Bréfritari: Stefanía Siggeirsdóttir
Viðtakandi: Páll Pálsson
Dagsetning: A-1867-10-07
Skrifað á: Hraungerði  Árn.
Stefanía var bróðurdóttir Páls Pálssonar

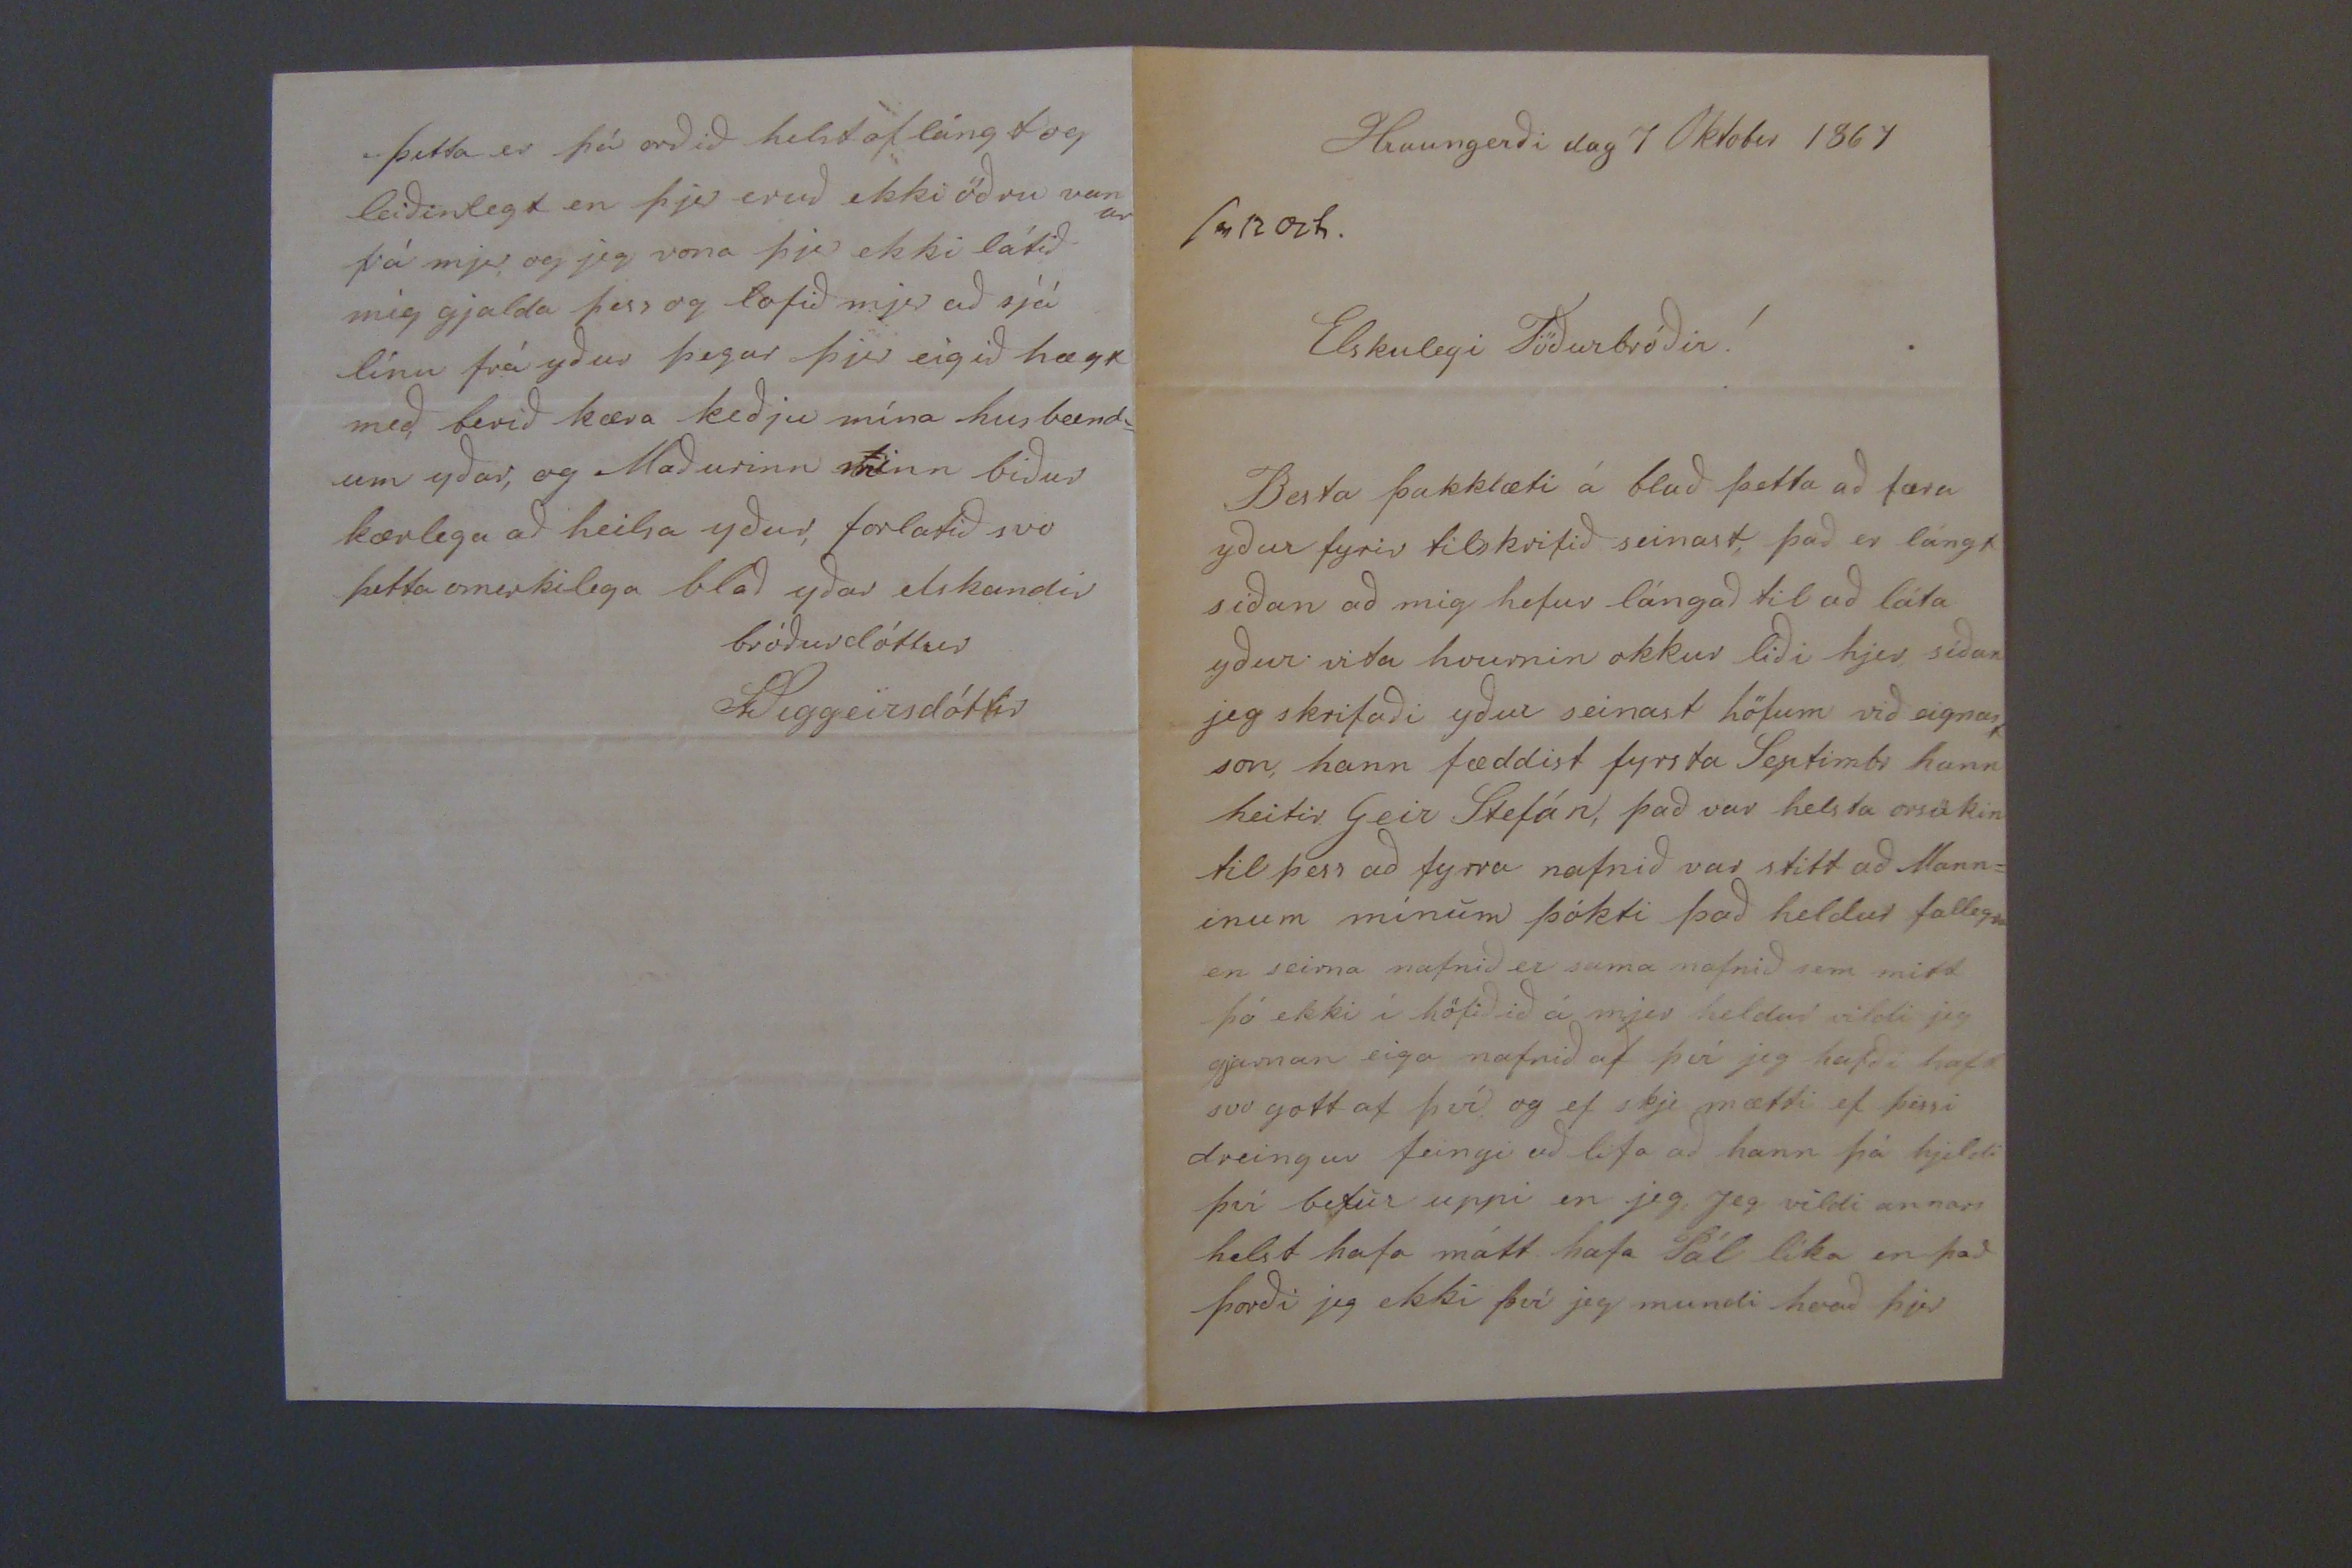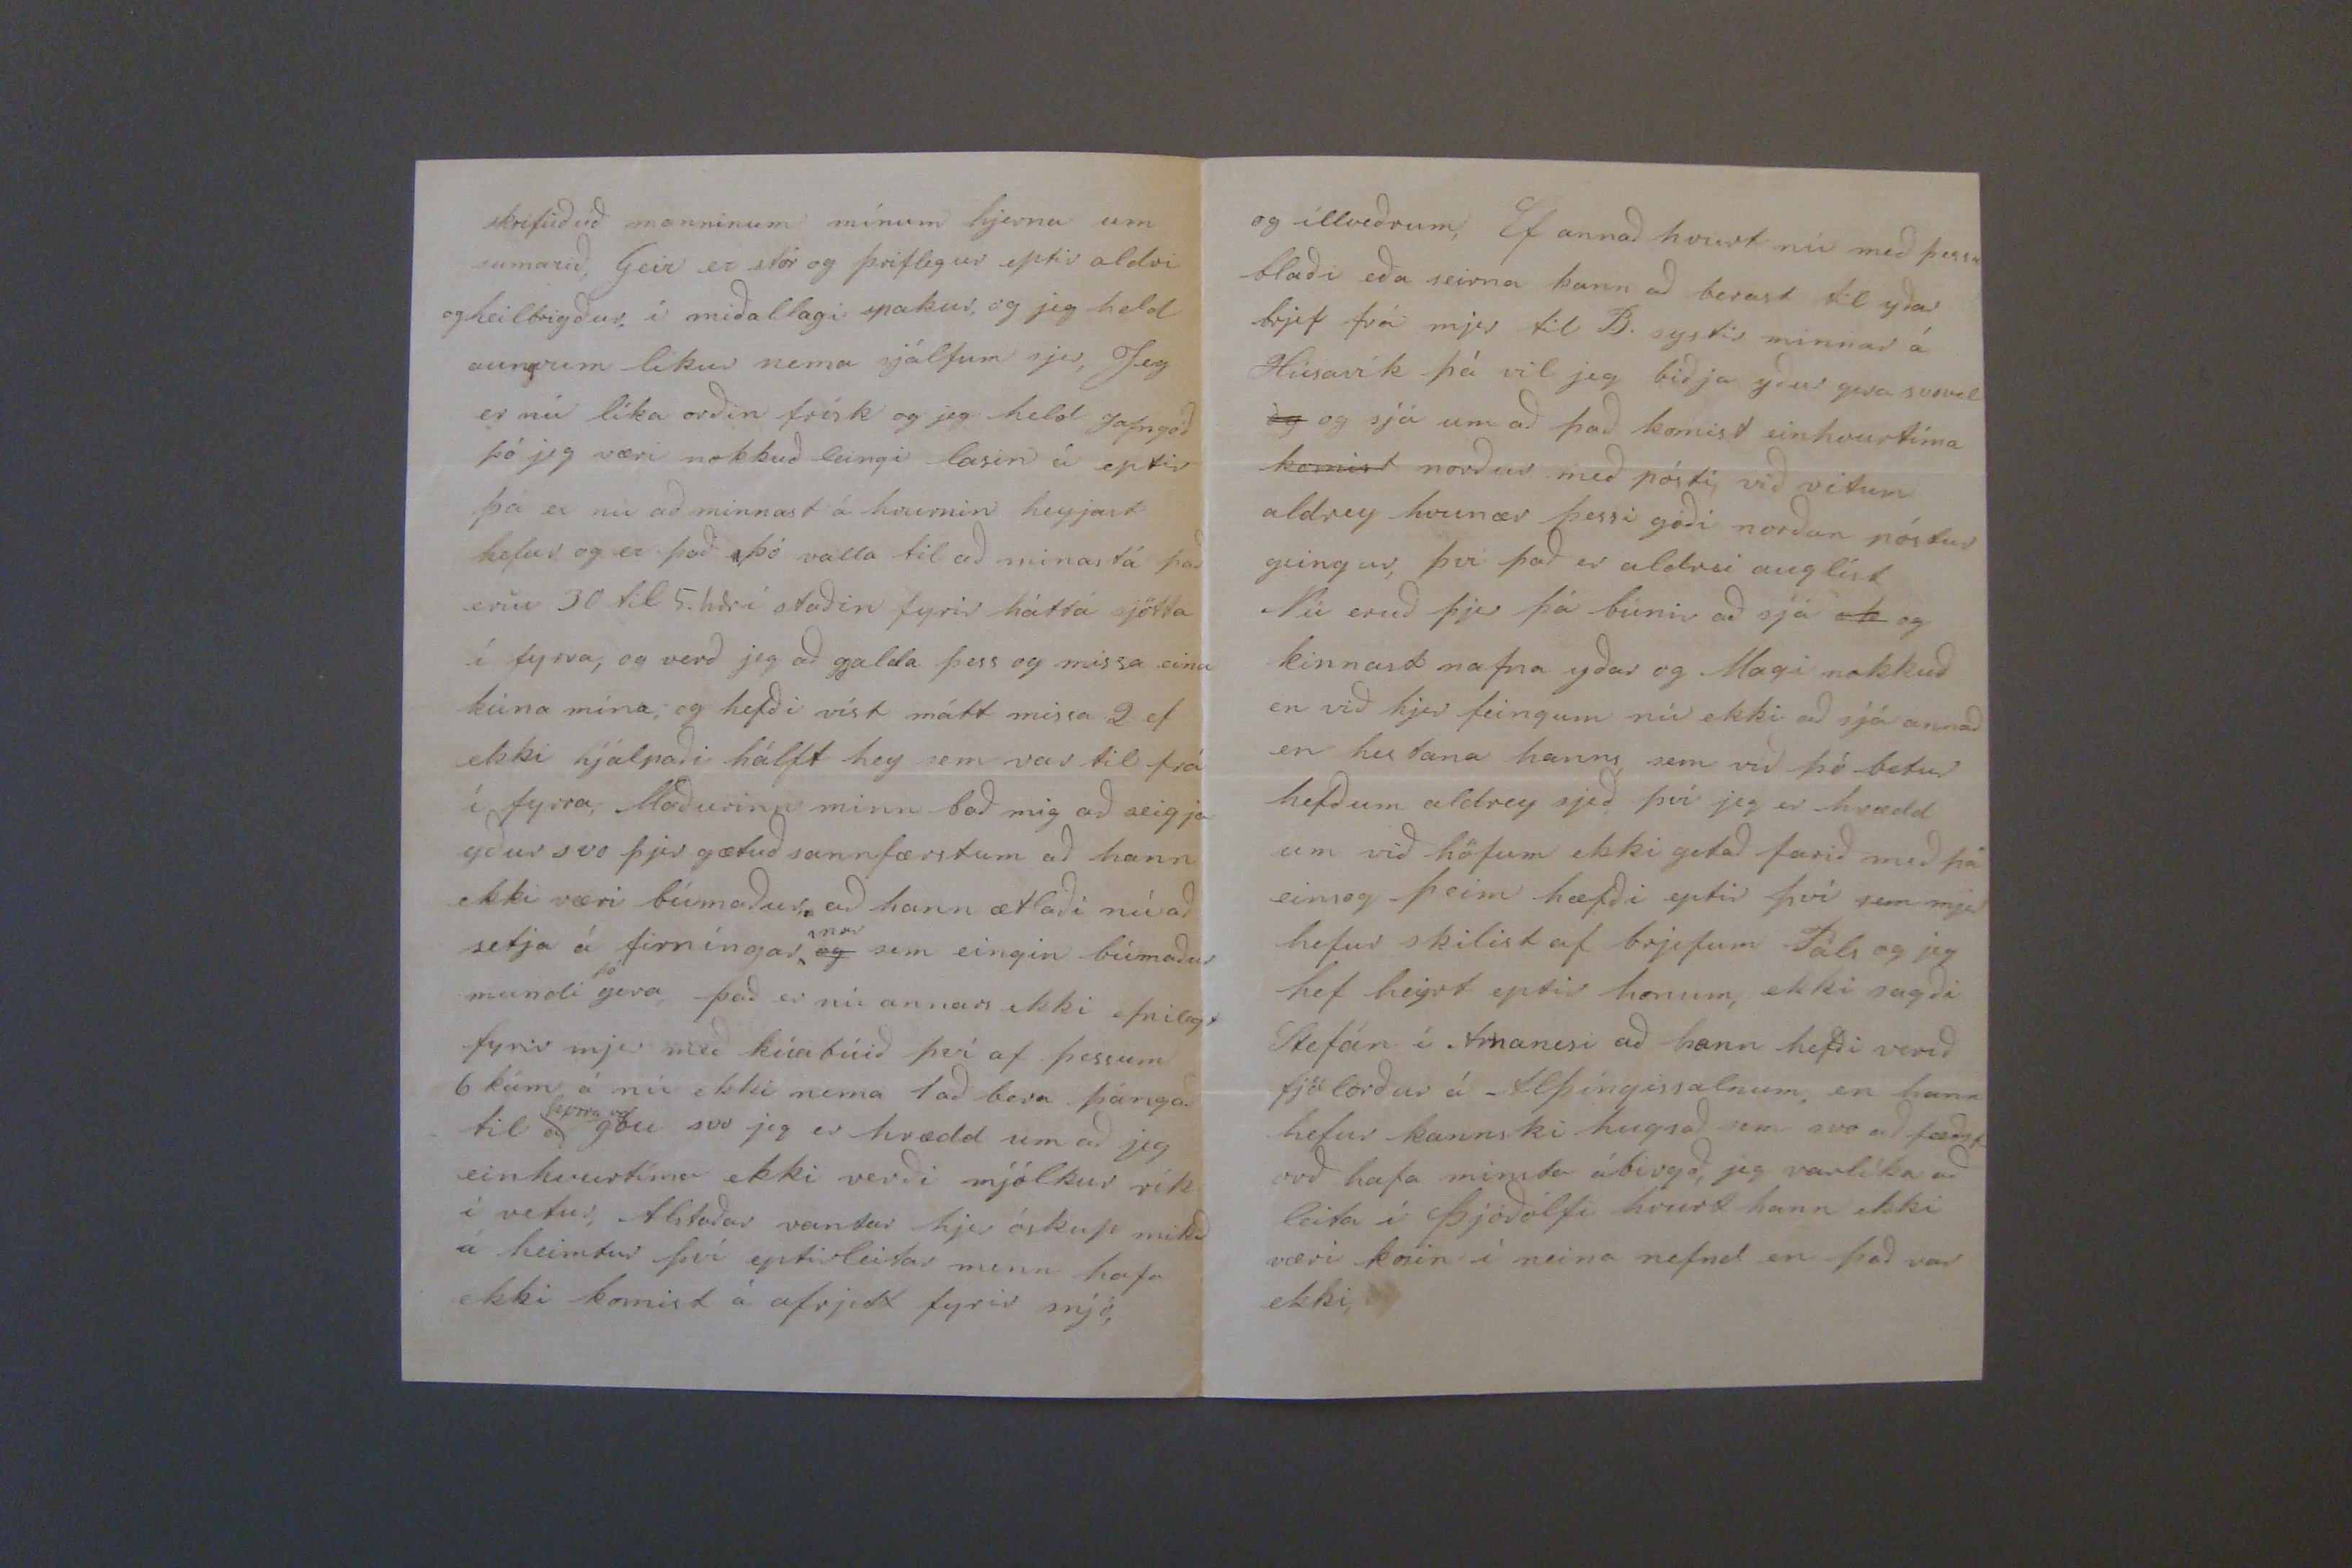

Hraungerði dag 7 Oktober 1867
sv 12 Oct.
Elskulegi Föðurbróðir!
Besta þakklæti á blað þetta að færa yður fyrir tilskrifið seinast, það er lángt síðan að mig hefur lángað til að láta yður vita hvurnin okkukr liði hjer síðan jeg skrifaði yður seinast höfum við eignast son, hann fæddist fyrsta Septimb hann heitir Geir Stefán, það var helsta orsökin til þess að fyrra nafnið var stíft að Mann= inum mínum þókti það heldur fallegra en seirna nafnið er sama nafnið sem mitt þó ekki í höfiðið á mjer heldur vildi jeg gjarnan eiga nafnið af því jeg hafði haft svo gott af því og ef skje mætti ef þessi dreingur feingi að lifa að hann þá hjeldi því betur uppi en jeg Jeg vildi annars helst hafa mátt hafa sál líka en það þorði jeg ekki því jeg mundi hvað þjer
skrifuðuð manninum mínum hjerna um sumarið, Geir er stór og þriflegur eptir aldri og heilbrigður, í miðallagi spakur, og jeg held aungvum líkur nema sjálfum sjer, Jeg er nú líka orðin frísk og jeg held Jafngóð þó jeg væri nokkuð leingi lasin á eptir þá er nú að minnast á hvurnin heyjast hefur og er það þó valla til að minastá það eru 30 til 5. hdr í staðin fyrir háttá sjötta í fyrra, og verð jeg að gjalda þess og missa eina kúna mína, og hefði víst mátt missa 2 ef ekki hjálpaði hálft hey sem var til frá í fyrra, Maðurinn minn bað mig að seigja yður svo þjer gætuð sannfærtum að hann ekki væri búsmaður, að hann ætlaði nú að setja á firníngar
nar
sem eingin búmaður mundi
þó
gera það er nú annars ekki efnilegt fyrir mjer með kúabúið því af þessum 6 kúm á nú ekki nema 1 að bera þángað til
þorra og
góu svo jeg er hrædd um að jeg einhvurtíma ekki verði mjólkur rík í vetur, Alsstaðar vantar hjer óskup mikið á heimtur því eptirleitar menn hafa ekki kommist á afrjett fyrir snjó,
og illveðrum, Ef annað hvurt nú með þessu blaði eða seirna kann að berast til yðar brjef frá mjer til B. systir minnar á Húsavík þá vil jeg biðja yður gera svovel
og
og sjá um að það komist einhvurtíma
komist
norður með pósti, við vitum aldrey hvenær þessi góði norðan póstur geingur, því það er aldrei auglíst Nú eruð þjer þá búnir að sjá
oþ
og kinnast nafna yðar og Magi nokkuð en við hjer feingum nú ekki að sjá annað en hestana hanns sem við þó betur hefðum aldrey sjeð því jeg er hrædd um við höfum ekki getað farið með þá einsog þeim hæfði getið því sem mjer hefur skilist af brjefum Páls og jeg hef heyrt eptir honum, ekki sagði Stefán í Arnanesi að hann hefði verið fjölorður á Alþíngissalnum, en hann hefur kannski hugsað sem svo að fæðst orð hafa minsta ábirgð, jeg var líka að leita í Þjóðólfi hvurt hann ekki væri kosin í neina nefnd en það var ekki
þetta er þá orðið helst of lángt og leiðinlegt en þjer eruð ekki öðru vanur frá mjer, og jeg vona þjer ekki látið mig gjalda þess og lofið mjer að sjá línu frá yður þegar þjer eigið hægt með, berið kæra keðju mína husbænd= um yðar, og Maðurinn minn biður kærlega að heilsa yður, forlatið svo þetta omerkilega blað yðar elskandis bróðurdóttur
St Siggeirsdóttir